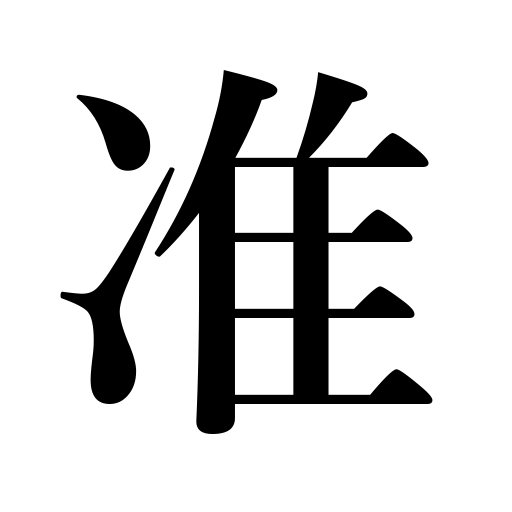
Meanings: quasi,associate,semi